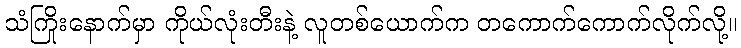
သံကြိုးနောက်မှာ ကိုယ်လုံးတီးနဲ့ လူတစ်ယောက်က တကောက်ကောက်လိုက်လို့။